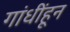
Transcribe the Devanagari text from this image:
गांधींहून